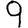
Digit: 9